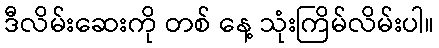
ဒီလိမ်းဆေးကို တစ် နေ့ သုံးကြိမ်လိမ်းပါ။